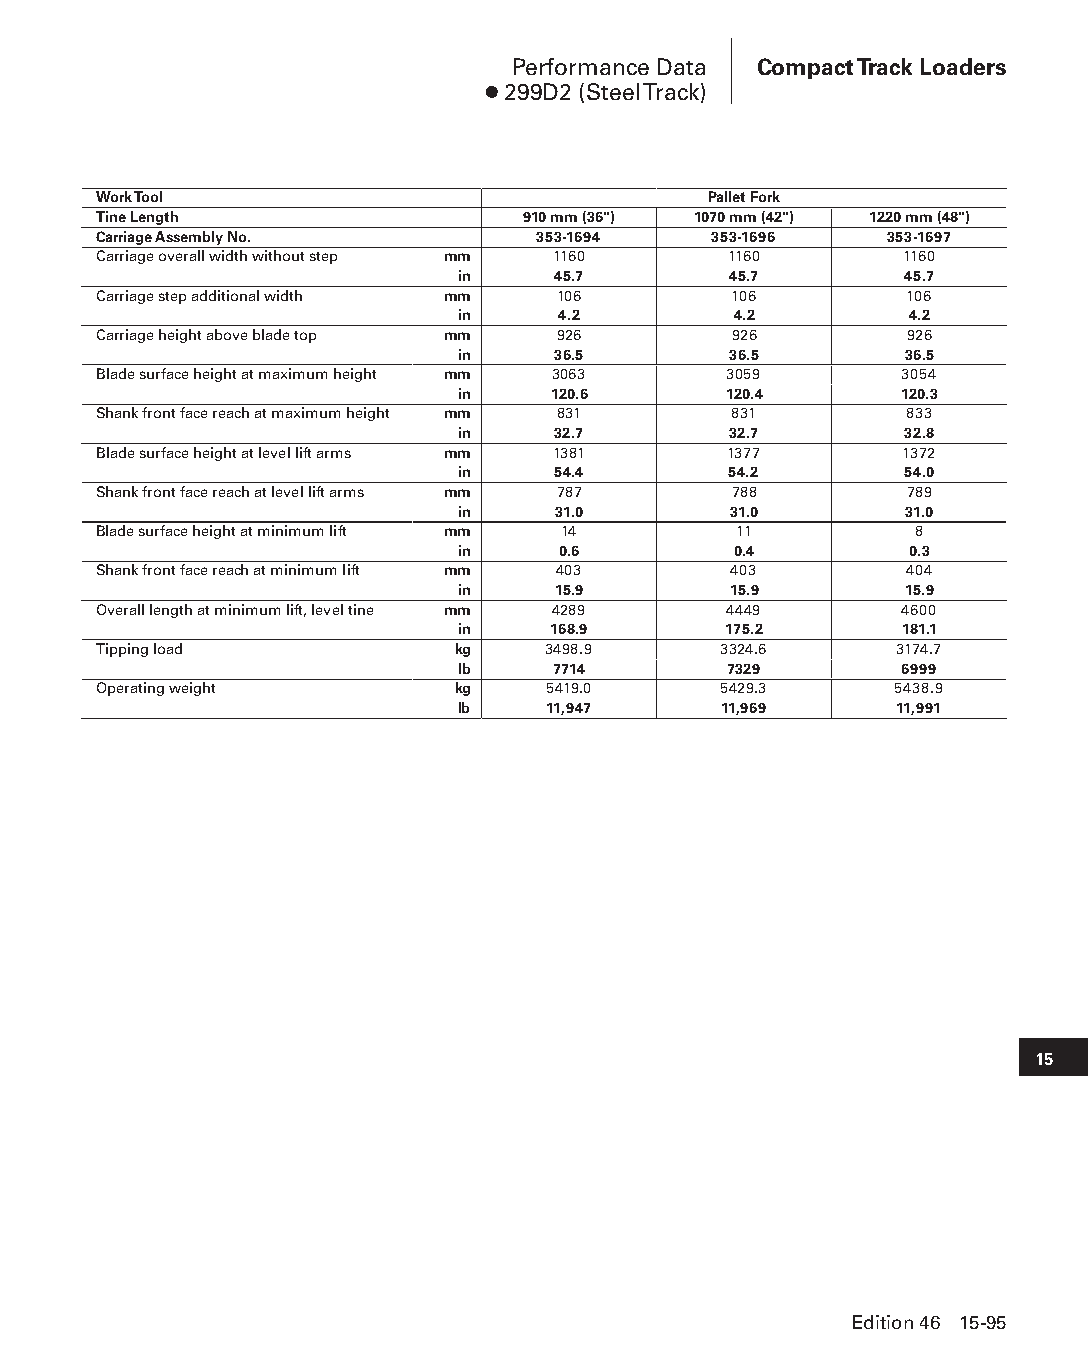
Performance Data Compact Track Loaders
 ● 299D2 (Steel Track)
 Work Tool                               Pallet Fork
 Tine Length                 910 mm (36") 1070 mm (42") 1220 mm (48")
 Carriage Assembly No.        353-1694    353-1696   353-1697
 Carriage overall width without step mm 1160 1160     1160
 in    45.7        45.7       45.7
 Carriage step additional width mm 106     106        106
 in    4.2         4.2         4.2
 Carriage height above blade top mm 926    926        926
 in    36.5        36.5       36.5
 Blade surface height at maximum height mm 3063 3059  3054
 in    120.6      120.4       120.3
 Shank front face reach at maximum height mm 831 831  833
 in    32.7        32.7       32.8
 Blade surface height at level lift arms mm 1381 1377 1372
 in    54.4        54.2       54.0
 Shank front face reach at level lift arms mm 787 788 789
 in    31.0        31.0       31.0
 Blade surface height at minimum lift mm 14 11         8
 in    0.6         0.4         0.3
 Shank front face reach at minimum lift mm 403 403    404
 in    15.9        15.9       15.9
 Overall length at minimum lift, level tine mm 4289 4449 4600
 in    168.9      175.2       181.1
 Tipping load           kg    3498.9      3324.6      3174.7
 lb    7714        7329       6999
 Operating weight       kg     5419.0     5429.3      5438.9
 lb    11,947     11,969      11,991
 15
 Edition 46 15-95
 PPHHBB--SSeecc1155--1166..iinndddd 9955                        1122//44//1155 1100::5511 AAMM